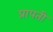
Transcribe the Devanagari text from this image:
प्रापती